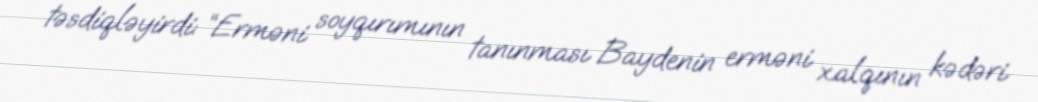
təsdiqləyirdi: “Erməni soyqırımının tanınması Baydenin erməni xalqının kədəri